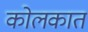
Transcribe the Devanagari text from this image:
कोलकात